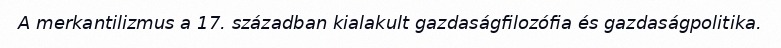
A merkantilizmus a 17. században kialakult gazdaságfilozófia és gazdaságpolitika.